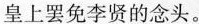
皇上罢免李贤的念头。